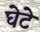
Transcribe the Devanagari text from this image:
घेटे